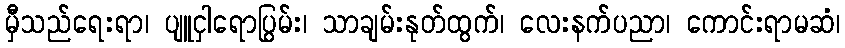
မှီသည်ရေးရာ၊ ပျူငှါရောပြွမ်း၊ သာချမ်းနုတ်ထွက်၊ လေးနက်ပညာ၊ ကောင်းရာမဆံ၊